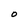
Character: O